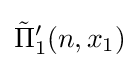
{{\tilde {\Pi }}_{1}}'(n,x_{1})